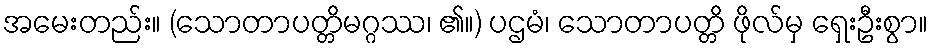
အမေးတည်း။ (သောတာပတ္တိမဂ္ဂဿ၊ ၏။) ပဌမံ၊ သောတာပတ္တိ ဖိုလ်မှ ရှေးဦးစွာ။